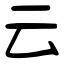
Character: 云